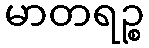
မာတရဉ္စ